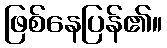
ဖြစ်နေပြန်၏။